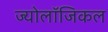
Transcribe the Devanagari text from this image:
ज्योलॉजिकल